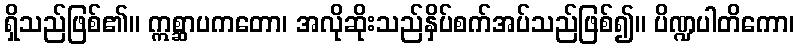
ရှိသည်ဖြစ်၏။ ဣစ္ဆာပကတော၊ အလိုဆိုးသည်နှိပ်စက်အပ်သည်ဖြစ်၍။ ပိဏ္ဍပါတိကော၊